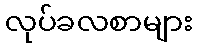
လုပ်ခလစာများ